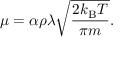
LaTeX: \mu = \alpha \rho \lambda { \sqrt { \frac { 2 k _ { \mathrm { B } } T } { \pi m } } } .